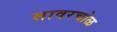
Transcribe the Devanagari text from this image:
सावरचोळ